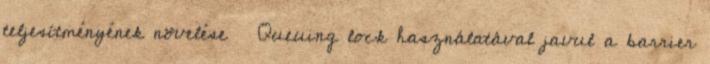
teljesítményének növelése ● Queuing lock használatával javul a barrier